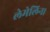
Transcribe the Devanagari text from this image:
लेमेलिन।